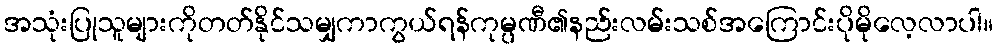
အသုံးပြုသူများကိုတတ်နိုင်သမျှကာကွယ်ရန်ကုမ္ပဏီ၏နည်းလမ်းသစ်အကြောင်းပိုမိုလေ့လာပါ။